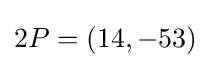
2P=(14,-53)